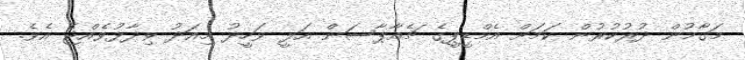
މަގާމުން ދުރުކުރުން ކަމަށް އެމްޑީޕީގެ ޗެއާޕާސަން އަލީ ވަހީދު މިއަދު ވިދާޅުވެއްޖެ އެވެ.